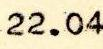
22.04